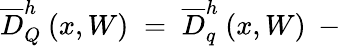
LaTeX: \overline{{{D}}}_{Q}^{h}\: (x,W)\; =\; \overline{{{D}}}_{q}^{h}\: (x,W)\: -\: